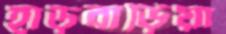
হাড়বাড়িয়া